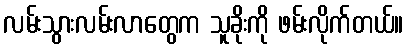
လမ်းသွားလမ်းလာတွေက သူခိုးကို ဖမ်းလိုက်တယ်။